Vital statistics of India. Vol. V, Reports of 1876 on armies & jails and on epidemic cholera
Year: 1876
Disease focus: Cholera
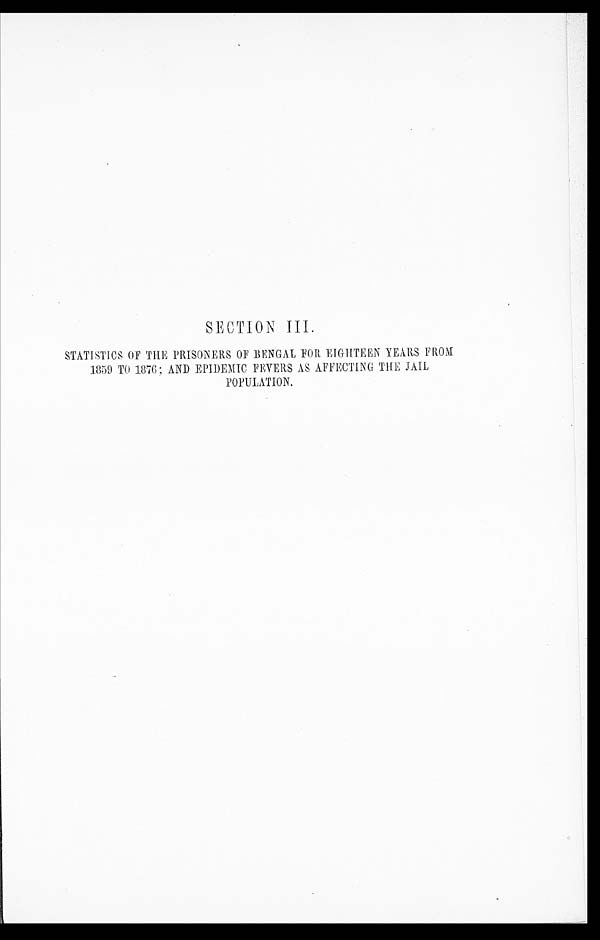
SECTION III.
STATISTICS OF THE PRISONERS OF BENGAL FOR EIGHTEEN YEARS FROM
1859 TO 1876: AND EPIDEMIC FEVERS AS AFFECTING THE JAIL
POPULATION.